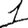
Digit: 1